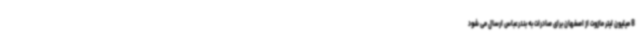
8 میلیون لیتر مازوت از اصفهان برای صادرات به بندرعباس ارسال می شود